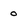
Character: 0